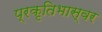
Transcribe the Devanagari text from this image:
प्रकृतिभास्वर